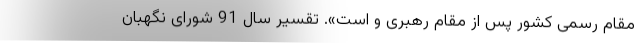
مقام رسمی کشور پس از مقام رهبری و است». تقسیر سال 91 شورای نگهبان